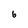
Character: 6